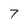
Character: 7